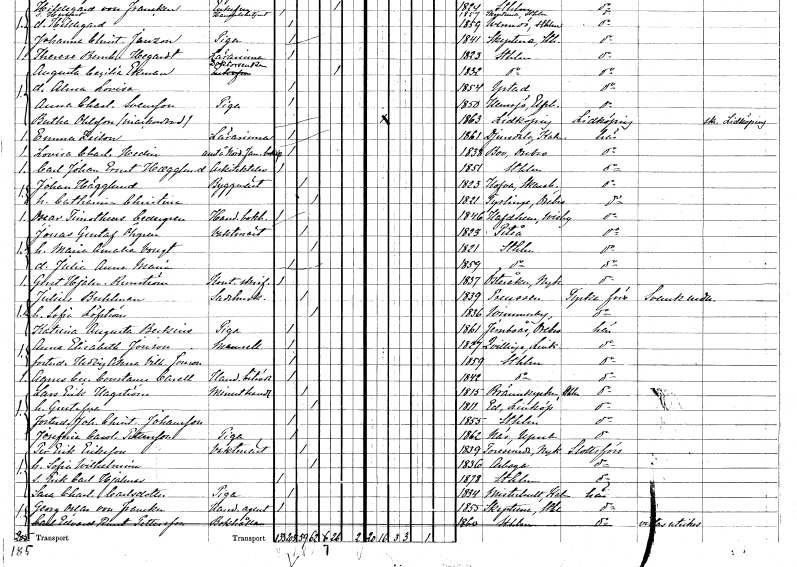
gt_parse: households: individuals: FN: Johan
EN: Hägglund
YRKE: Byggmästare
KON: M
CIV: G
FODAR: 1823
FODFORS: Hova Skaraborgs län
FN: Catharina Christina
KON: K
CIV: G
FODAR: 1821
FODFORS: Tysslinge Örebro län
FN: Oscar Timotheus
EN: Cedergren
YRKE: Handelsbokhållare
KON: M
CIV: O
FODAR: 1846
FODFORS: Havdhem Gotlands län
FN: Jonas Gustaf
EN: Öhgren
YRKE: Vaktmästare
KON: M
CIV: G
FODAR: 1823
FODFORS: Piteå Norrbottens län
FN: Maria Amalia
EN: Vougt
KON: K
CIV: G
FODAR: 1821
FODFORS: Stockholm
FN: Julia Anna Maria
KON: K
CIV: O
FODAR: 1859
FODFORS: Stockholm
FN: Gustaf Hjalmar
EN: Runström
YRKE: Kontorsskrivare
KON: M
CIV: O
FODAR: 1837
FODFORS: Österåker Södermanlands län
FN: Julius
EN: Buhlman
YRKE: Sadelmakare
KON: M
CIV: G
FODAR: 1839
FN: Sofia
EN: Löfström
KON: K
CIV: G
FODAR: 1836
FODFORS: Vimmerby Kalmar län
FN: Katrina Augusta
EN: Beckius
YRKE: Piga
KON: K
CIV: O
FODAR: 1861
FODFORS: Järnboås Örebro län
FN: Anna Elisabeth
EN: Jonson
KON: K
CIV: O
FODAR: 1827
FODFORS: Kvillinge Östergötlands län
FN: Hedvig Anna Vilhelmina
EN: Jonson
KON: K
CIV: O
FODAR: 1859
FODFORS: Stockholm
FN: Agnes Cecilia Constance
EN: Carell
YRKE: Handelsbiträde
KON: K
CIV: O
FODAR: 1842
FODFORS: Stockholm
FN: Lars Erik
EN: Hagström
YRKE: Minuthandlare
KON: M
CIV: G
FODAR: 1815
FODFORS: Brännkyrka Stockholms län
FN: Gustafva
KON: K
CIV: G
FODAR: 1811
FODFORS: Västra Ed Kalmar län
FN: Johanna Christina
EN: Johansson
KON: K
CIV: O
FODAR: 1855
FODFORS: Stockholm
FN: Josefina Carolina
EN: Pettersson
YRKE: Piga
KON: K
CIV: O
FODAR: 1862
FODFORS: Uppsala-Näs Uppsala län
FN: Per Erik
EN: Eriksson
YRKE: Vaktmästare
KON: M
CIV: G
FODAR: 1839
FODFORS: Toresund Södermanlands län
FN: Sofia Wilhelmina
KON: K
CIV: G
FODAR: 1836
FODFORS: Arboga Västmanlands län
FN: Erik Carl Hjalmar
KON: M
CIV: O
FODAR: 1878
FODFORS: Stockholm
FN: Sara Charlotta
EN: Carlsdotter
YRKE: Piga
KON: K
CIV: O
FODAR: 1834
FODFORS: Misterhult Kalmar län
FN: Georg Oscar
EN: von Francken
YRKE: Handelsagent
KON: M
CIV: O
FODAR: 1855
FODFORS: Skepptuna Stockholms län
FN: Carl Edvard Bernt
EN: Pettersson
YRKE: Bokhållare
KON: M
CIV: U
FODAR: 1860
FODFORS: Stockholm